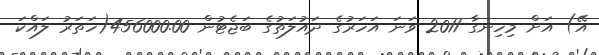
އޭ) އަށް މިހިނގާ 2011 ވަނަ އަހަރުގެ ދައުލަތުގެ ބަޖެޓުން 456000.00(ހަތަރު ލައްކަ